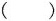
()